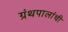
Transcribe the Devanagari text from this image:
ग्रंथपालांची